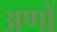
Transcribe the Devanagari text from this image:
अणों